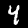
Digit: 4